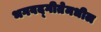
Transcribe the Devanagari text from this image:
भगवद्‍गीतेमधील